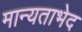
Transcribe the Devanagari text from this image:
मान्यताभेद